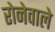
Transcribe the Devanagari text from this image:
रोनेवाले